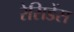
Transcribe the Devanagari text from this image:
रेसिडेंस